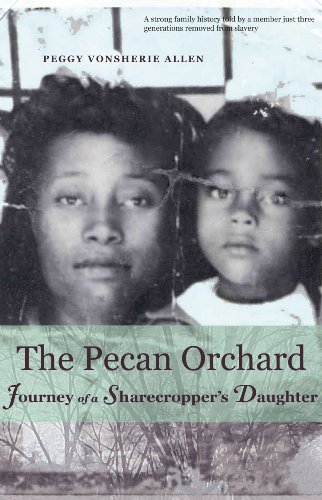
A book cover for The Pecan Orchard: Journey of a Sharecropper's Daughter; Peggy Vonsherie Allen; Humor & Entertainment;